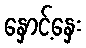
နှောင့်နှေး